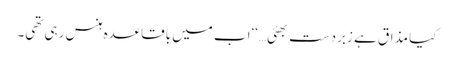
کیا مذاق ہے زبردست بھئی…‘‘اب میں باقاعدہ ہنس رہی تھی۔